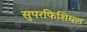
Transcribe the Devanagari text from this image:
सुपरफिशियल